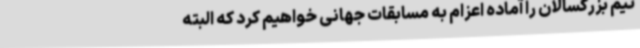
تیم بزرگسالان را آماده اعزام به مسابقات جهانی خواهیم کرد که البته